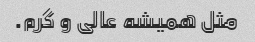
مثل همیشه عالی و گرم.